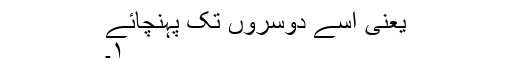
یعنی اسے دوسروں تک پہنچائے
۱۔